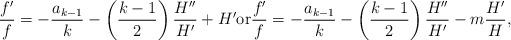
LaTeX: \begin{align*} \frac{f'}{f} = - \frac{a_{k-1}}k - \left( \frac{k-1}2 \right) \frac{H''}{H'} + H' \hbox{or} \frac{f'}{f} = - \frac{a_{k-1}}k - \left( \frac{k-1}2 \right) \frac{H''}{H'} - m \frac{H'}{H} ,\end{align*}